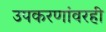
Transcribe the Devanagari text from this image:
उपकरणांवरही